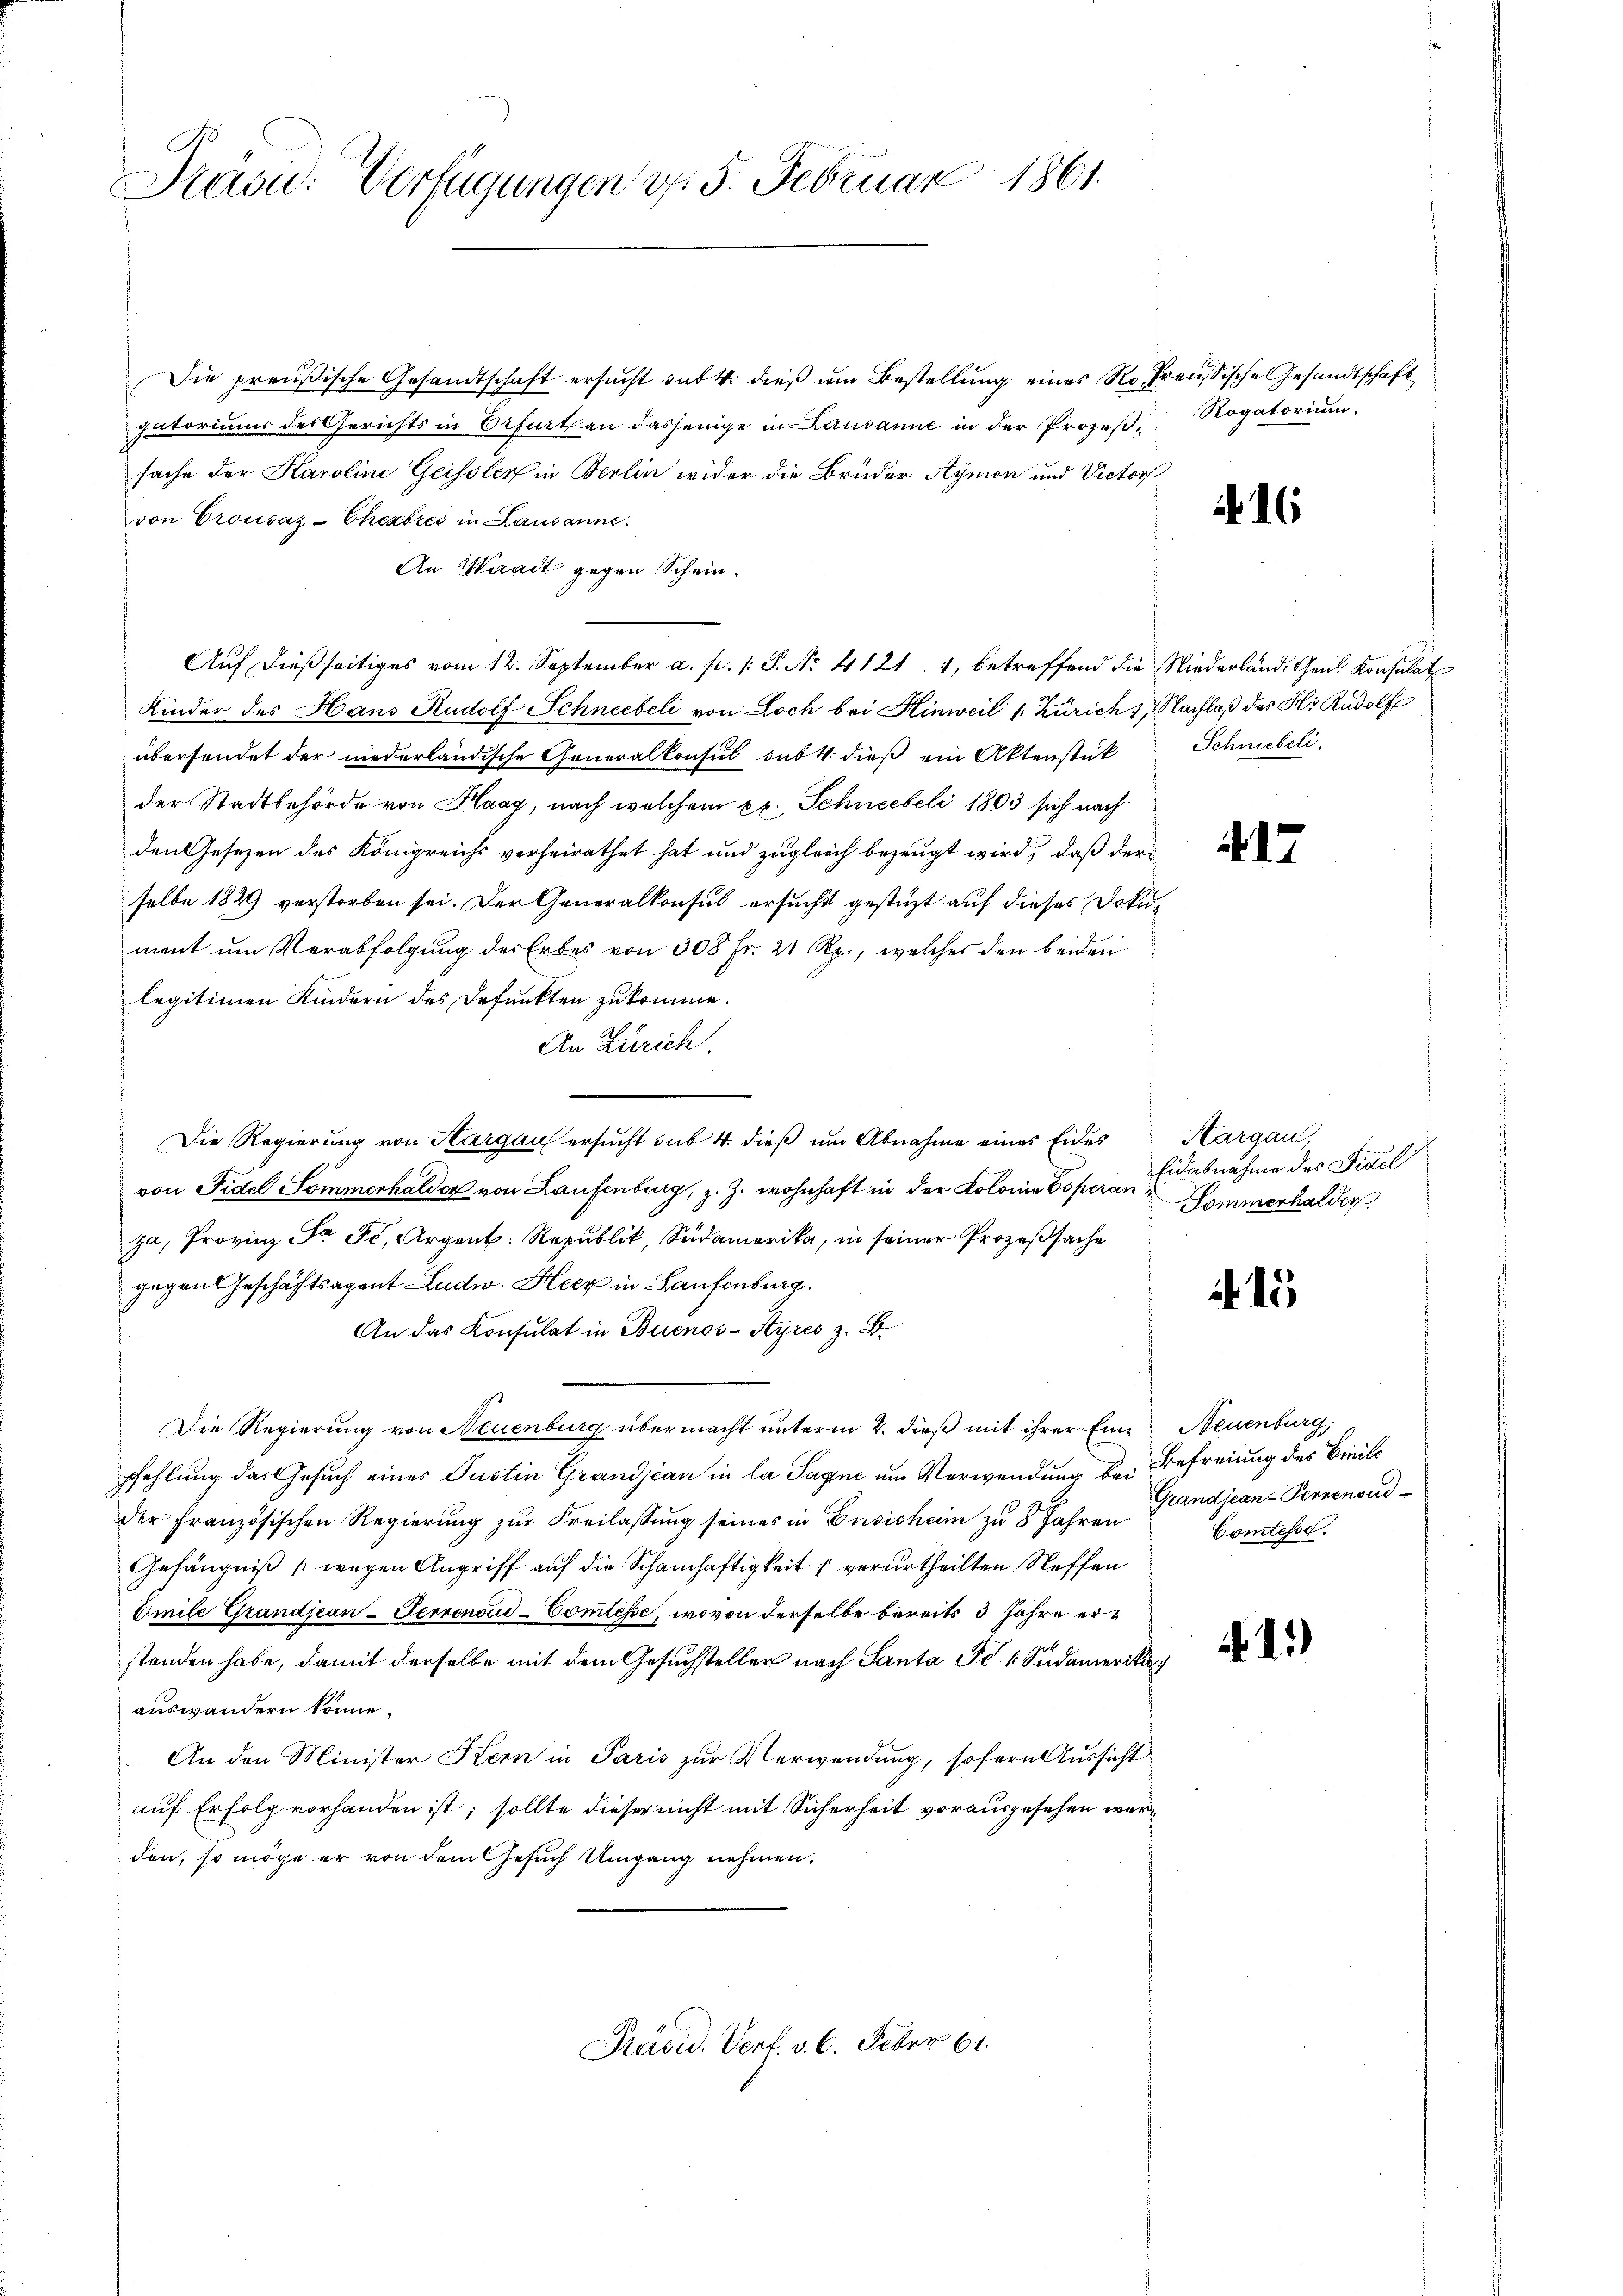
Kasi: Verfügungen v. 5. Februar 1861.

Die preußische Gesandtschaft ersŭcht subt. dieß um Bestellung eines Rohreussische Gesandtschaft
gatoriums des Gerichts in Erfurt an dasjenige in Lausanne in der Prozeßsache der Karoline Geissler in Berlin wider die Brüder Aymon und Victorf
von Crousaz-Chexbres in Lausanne.
An Waadt gegen Schein¬
Aŭf dießseitiges vom 12. September a. p. 1 S. Nr. 4121. 1, betreffend die Niederländ. Gen. Konsulat
Kinder des Hans Rudolf Schneebeli von Loch bei Hinweil Zürich, Nachlaß des Hr. Rudolf
übersendet der niederländische Generalkonsul sub 4. dieß ein Aktenstück Schneebeli
der Stadtbehörde von Haag, nach welchem xx. Schneebeli 1803 sich nach
den Gesezen des Königreichs verheirathet hat und zugleich bezeugt wird, daß der
selbe 1829 verstorben sei. Der Generalkonsul ersucht gestüzt auf dieses Dokument um Verabfolgung des Erbes von 308 Fr. 21 Rp., welches den beiden
legitimen Kindern des Befunkten zukomme.
An Zürich.
Die Regierung von Aargau ersŭcht sub 4. dieß um Abnahme eines Eides
von Fidel Sommerhalden von Laufenburg, z. Z. wohnhaft in der Kolonie Coperanza, Provinz Fr F. Argent. Republik, Südamerika, in seiner Prozeßsache
gegen Geschäftsagent Ludw. Heer in Laufenburg.
An das Konsulat in Buenos-Ayres z. B.
Die Regierung von Neuenburg übermacht unterm 2. dieß mit ihrer Eine Neuenburg,
pfehlung das Gesuch eines Justin Grandjean in la Tagene um Verwendung bei Befreiung des Breite
der Französischen Regierŭng zŭr Freilassŭng seines in Basisheim zu 8 Jahren Comtesse
Gefängniß (wegen Angriff auf die Schamhaftigkeit 1 verurtheilten Steffen
Emile Grandjean-Terrenoud-Comtesse, wovon derselbe bereits 3 Jahre erstanden habe, damit derselbe mit dem Gesuchsteller nach Santa Fr. 4 Südamerika
auswandern könne.
An den Minister Kern in Paris zur Verwendung, sofern Aussicht
auf Erfolg vorhanden ist; sollte dieser nicht mit Sicherheit vorausgesehen werden, so möge er von dem Gesuch Umgang nehmen.

Präsid. Verf. v. 6. Feber 61.

Rogatorium.

16

17

Kargau,
Eidabnahme des Fidel
Sommerhalder

15

Grandjean-Pennenoud

13)